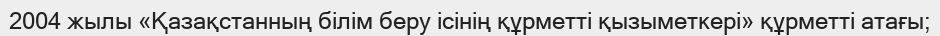
2004 жылы «Қазақстанның білім беру ісінің құрметті қызыметкері» құрметті атағы;